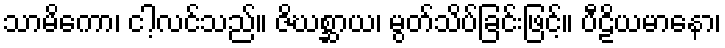
သာမိကော၊ ငါ့လင်သည်။ ဇိဃစ္ဆာယ၊ မွတ်သိပ်ခြင်းဖြင့်။ ပီဠိယမာနော၊